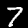
Digit: 7